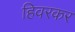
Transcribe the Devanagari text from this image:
हिवरकर